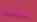
سيضطر